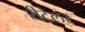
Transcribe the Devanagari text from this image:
रीटेलर